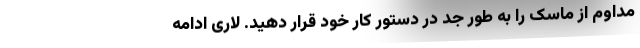
مداوم از ماسک را به طور جد در دستور کار خود قرار دهید. لاری ادامه